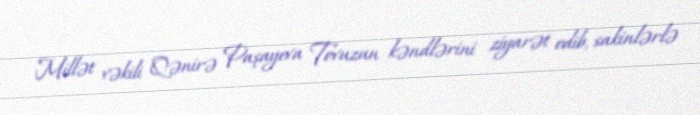
Millət vəkili Qənirə Paşayeva Tovuzun kəndlərini ziyarət edib, sakinlərlə